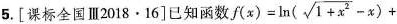
5.[课标全国Ⅲ2018.16]已知函数 $$f(x)= \ln ( \sqrt{1+x^{2}}-x)+$$